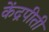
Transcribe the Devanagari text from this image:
केंद्रपीती